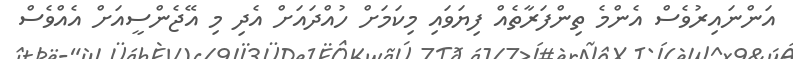
އަންނައިރުވެސް އެންމެ ތިންފަރާތެއް ފިޔަވައި މިކަމަށް ހުއްދައަށް އެދި މި އޭޖެންސީއަށް އެއްވެސް